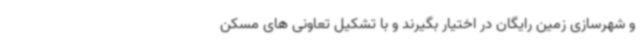
و شهرسازی زمین رایگان در اختیار بگیرند و با تشکیل تعاونی های مسکن